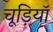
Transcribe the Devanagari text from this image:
चूड़ियॉ